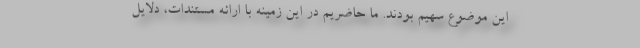
این موضوع سهیم بودند. ما حاضریم در این زمینه با ارائه مستندات، دلایل